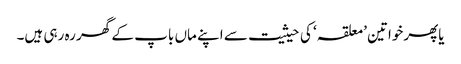
یاپھرخواتین ’معلقہ‘ کی حیثیت سے اپنے ماں باپ کے گھر رہ رہی ہیں۔